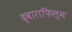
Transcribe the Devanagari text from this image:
द्वाराफिल्म